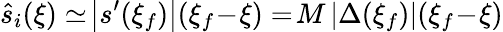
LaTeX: \hat{s}_{i}(\xi)\simeq\! \left|s^{\prime}(\xi_{f})\right|(\xi_{f}\! -\! \xi)=\! M\left|\Delta(\xi_{f})\right|(\xi_{f}\! -\! \xi)